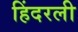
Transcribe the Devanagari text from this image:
हिंदरली